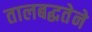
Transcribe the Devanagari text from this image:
तालबद्धतेने